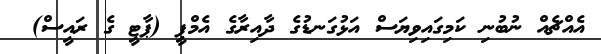
އެއްޗެއް ނުބުނި ކަމިގައިވިޔަސް އަޅުގަނޑުގެ ދާއިރާގެ އެމްޕީ (ޕާޓީ ގެ ރައީސް) @